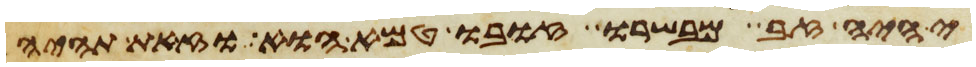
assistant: יהיה זב מבשרו זובו טמא הוא וזאת תהיה